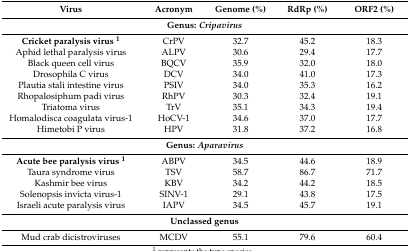
<table><thead><tr><td><b>Virus</b></td><td><b>Acronym</b></td><td><b>Genome (%)</b></td><td><b>RdRp (%)</b></td><td><b>ORF2 (%)</b></td></tr></thead><tbody><tr><td colspan="5"><b>Genus: <i>Cripavirus</i></b></td></tr><tr><td><b>Cricket paralysis virus <sup>1</sup></b></td><td>CrPV</td><td>32.7</td><td>45.2</td><td>18.3</td></tr><tr><td>Aphid lethal paralysis virus </td><td>ALPV</td><td>30.6</td><td>29.4</td><td>17.7</td></tr><tr><td>Black queen cell virus</td><td>BQCV</td><td>35.9</td><td>32.0</td><td>18.0</td></tr><tr><td>Drosophila C virus</td><td>DCV</td><td>34.0</td><td>41.0</td><td>17.3</td></tr><tr><td>Plautia stali intestine virus</td><td>PSIV</td><td>34.0</td><td>35.3</td><td>16.2</td></tr><tr><td>Rhopalosiphum padi virus</td><td>RhPV</td><td>30.3</td><td>32.4</td><td>19.1</td></tr><tr><td>Triatoma virus</td><td>TrV</td><td>35.1</td><td>34.3</td><td>19.4</td></tr><tr><td>Homalodisca coagulata virus-1</td><td>HoCV-1</td><td>34.6</td><td>37.0</td><td>17.7</td></tr><tr><td>Himetobi P virus</td><td>HPV</td><td>31.8</td><td>37.2</td><td>16.8</td></tr><tr><td colspan="5"><b>Genus: <i>Aparavirus</i></b></td></tr><tr><td><b>Acute bee paralysis virus <sup>1</sup></b></td><td>ABPV</td><td>34.5</td><td>44.6</td><td>18.9</td></tr><tr><td>Taura syndrome virus</td><td>TSV</td><td>58.7</td><td>86.7</td><td>71.7</td></tr><tr><td>Kashmir bee virus</td><td>KBV</td><td>34.2</td><td>44.2</td><td>18.5</td></tr><tr><td>Solenopsis invicta virus-1</td><td>SINV-1</td><td>29.1</td><td>43.8</td><td>17.5</td></tr><tr><td>Israeli acute paralysis virus</td><td>IAPV</td><td>34.5</td><td>45.7</td><td>19.1</td></tr><tr><td colspan="5"><b>Unclassed genus</b></td></tr><tr><td>Mud crab dicistroviruses</td><td>MCDV</td><td>55.1</td><td>79.6</td><td>60.4</td></tr></tbody></table>